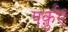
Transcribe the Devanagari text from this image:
पर्क़ुए